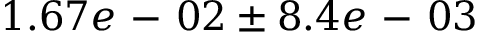
1 . 6 7 e \mathrm { ~ - ~ } 0 2 \pm 8 . 4 e \mathrm { ~ - ~ } 0 3